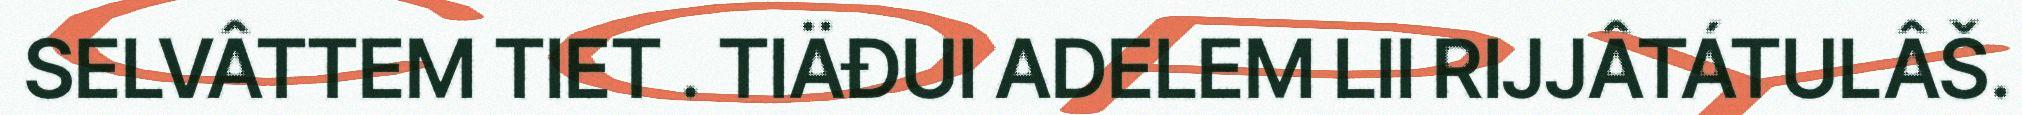
SELVÂTTEM TIET . TIÄĐUI ADELEM LII RIJJÂTÁTULÂŠ.